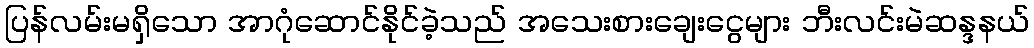
ပြန်လမ်းမရှိသော အာဂုံဆောင်နိုင်ခဲ့သည် အသေးစားချေးငွေများ ဘီးလင်းမဲဆန္ဒနယ်